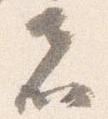
者